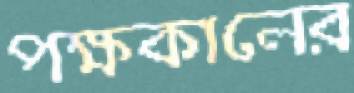
পক্ষকালের